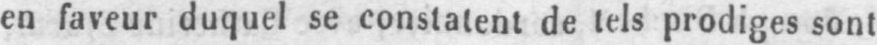
en faveur duquel se constatent de tels prodiges sont